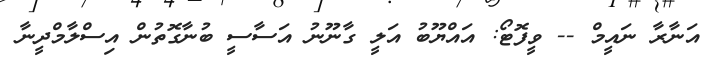
އަނާރާ ނައީމް -- ވީފޮޓޯ: އައްޔޫބު އަލީ ގާނޫނު އަސާސީ ބުނާގޮތުން އިސްލާމްދީނާ